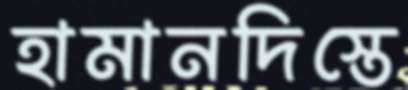
হামানদিস্তে